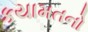
કયામતનો